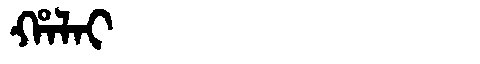
Manchu: ᡥᠠᠯᠠᡳ
Romanization: HALAI